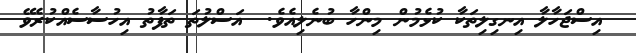
އިސްޖަހާލާ އިނގިލިތަކާ ކުޅެމުން މިންހާ ބުނެލިއެވެ.  އަސްލުތަ ތަފާތު އިހުސާސެއްކުރެވޭ